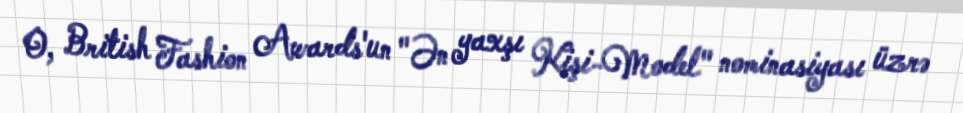
O, British Fashion Awards'un "Ən yaxşı Kişi-Model" nominasiyası üzrə